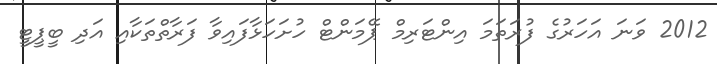
2012 ވަނަ އަހަރުގެ ފުރަތަމަ އިންޓަރިމް ޕޭމަންޓް ހުށަހަޅާފައިވާ ފަރާތްތަކާއި އަދި ބީޕީޓީ